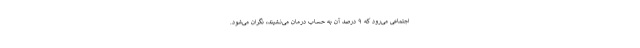
اجتماعی می‌‌رود که ۹ درصد آن به حساب درمان می‌نشیند، نگران می‌شود.